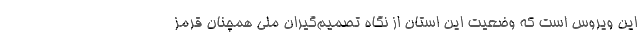
این ویروس است که وضعیت این استان از نگاه تصمیم‌گیران ملی همچنان قرمز